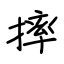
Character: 摔